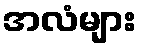
အလံများ